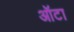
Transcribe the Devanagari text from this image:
ऑटा